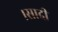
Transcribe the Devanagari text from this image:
।सादी